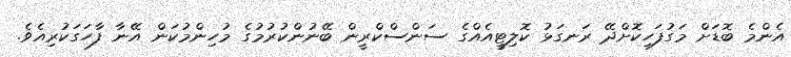
އެންމެ ބޮޑަށް މަގުފަހިކޮށްދޭ ރަނގަޅު ކޮލިޓީއެއްގެ ސަންސްކްރީން ބޭނުންކުރުމުގެ މުހިންމުކަން އޭނާ ފާހަގަކުރިއެވެ.